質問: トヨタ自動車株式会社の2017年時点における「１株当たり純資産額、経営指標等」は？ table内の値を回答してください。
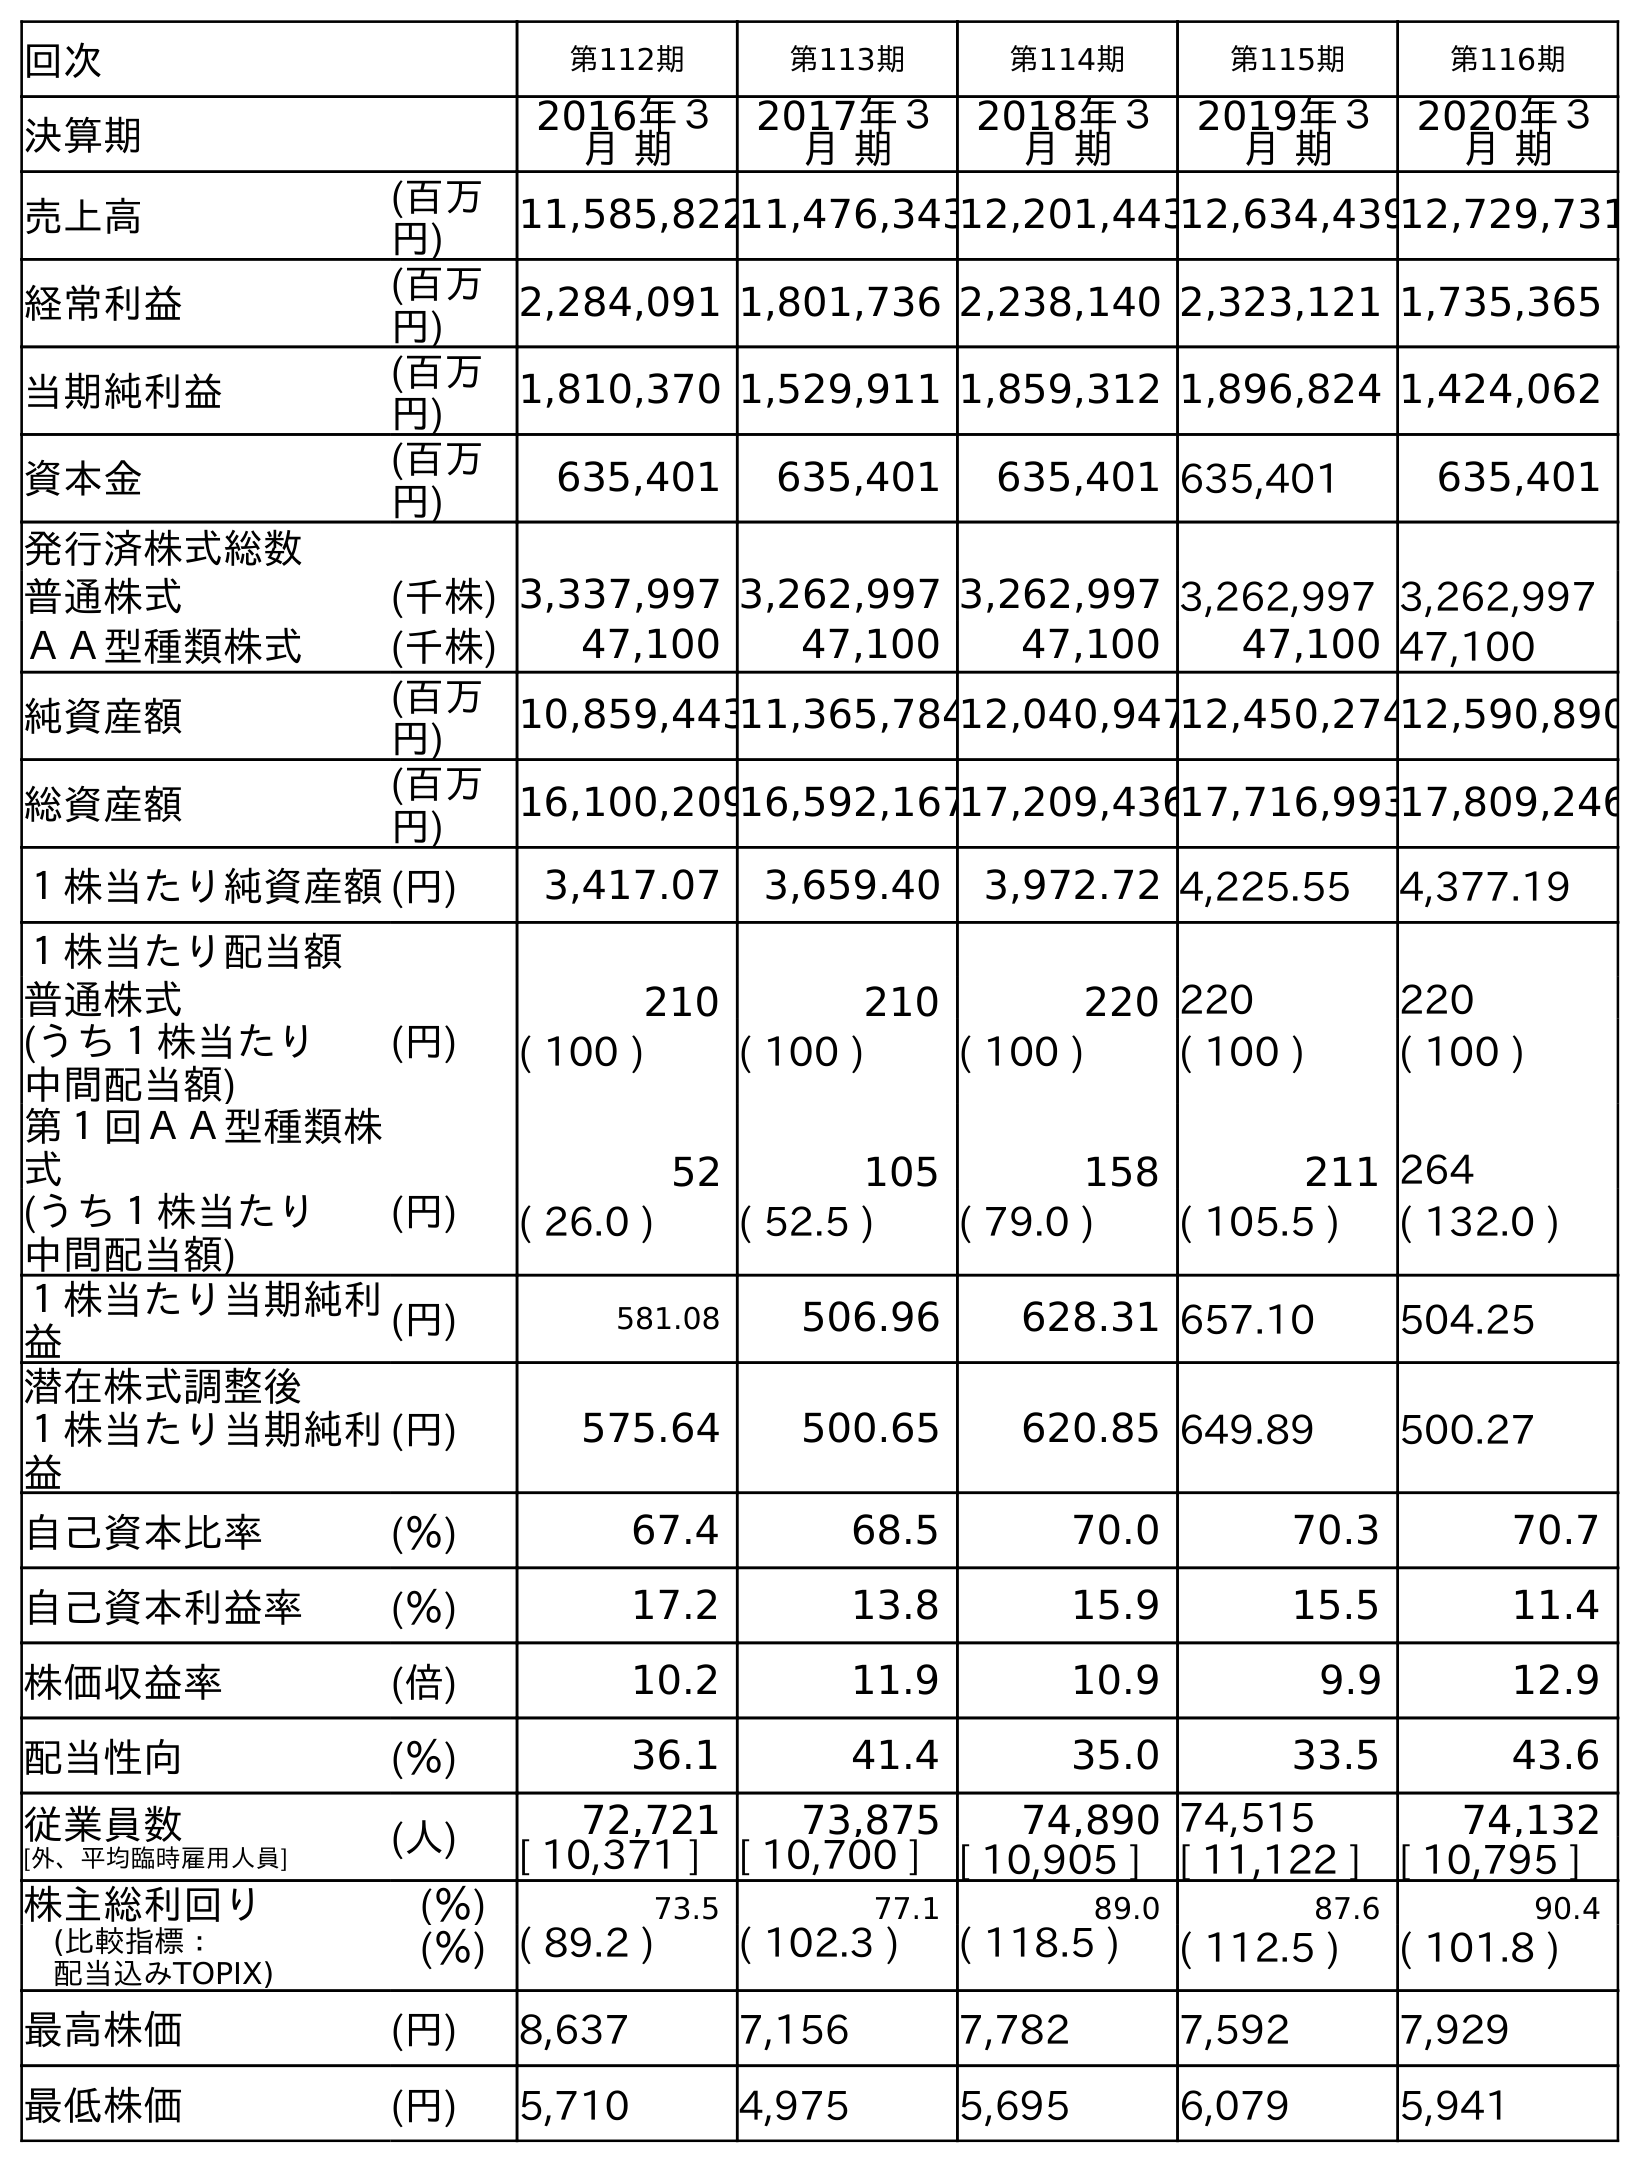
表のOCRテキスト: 回次 第112期 第113期 第114期 第115期 第116期 決算期 2016年３ 月 期 2017年３ 月 期 2018年３ 月 期 2019年３ 月 期 2020年３ 月 期 売上高 (百万 円) 11,585,82211,476,34312,201,44312,634,43912,729,731 経常利益 (百万 円) 2,284,091 1,801,736 2,238,140 2,323,121 1,735,365 当期純利益 (百万 円) 1,810,370 1,529,911 1,859,312 1,896,824 1,424,062 資本金 (百万 円) 635,401 635,401 635,401 635,401 635,401 発行済株式総数 普通株式 (千株) 3,337,997 3,262,997 3,262,997 3,262,997 3,262,997 ＡＡ型種類株式 (千株) 47,100 47,100 47,100 47,100 47,100 純資産額 (百万 円) 10,859,44311,365,78412,040,94712,450,27412,590,890 総資産額 (百万 円) 16,100,20916,592,16717,209,43617,716,99317,809,246 １株当たり純資産額(円) 3,417.07 3,659.40 3,972.72 4,225.55 4,377.19 １株当たり配当額 普通株式 (円) 210 210 220 220 220 (うち１株当たり 中間配当額) ( 100 ) ( 100 ) ( 100 ) ( 100 ) ( 100 ) 第１回ＡＡ型種類株 式 52 105 158 211 264 (うち１株当たり 中間配当額) (円) ( 26.0 ) ( 52.5 ) ( 79.0 ) ( 105.5 ) ( 132.0 ) １株当たり当期純利 益 (円) 581.08 506.96 628.31 657.10 504.25 潜在株式調整後 １株当たり当期純利 益 (円) 575.64 500.65 620.85 649.89 500.27 自己資本比率 (％) 67.4 68.5 70.0 70.3 70.7 自己資本利益率 (％) 17.2 13.8 15.9 15.5 11.4 株価収益率 (倍) 10.2 11.9 10.9 9.9 12.9 配当性向 (％) 36.1 41.4 35.0 33.5 43.6 従業員数 [外、平均臨時雇用人員] (人) 72,721 73,875 74,890 74,515 74,132 [ 10,371 ] [ 10,700 ] [ 10,905 ] [ 11,122 ] [ 10,795 ] 株主総利回り (％) 73.5 77.1 89.0 87.6 90.4 (比較指標： 配当込みTOPIX) (％) ( 89.2 ) ( 102.3 ) ( 118.5 ) ( 112.5 ) ( 101.8 ) 最高株価 (円) 8,637 7,156 7,782 7,592 7,929 最低株価 (円) 5,710 4,975 5,695 6,079 5,941
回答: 3,659.40